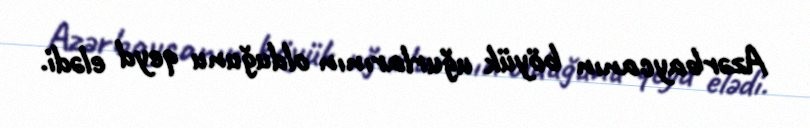
Azərbaycanın böyük uğurlarının olduğunu qeyd elədi.